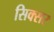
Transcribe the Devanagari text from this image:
सिक्सर